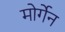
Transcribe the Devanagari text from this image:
मोर्गेन